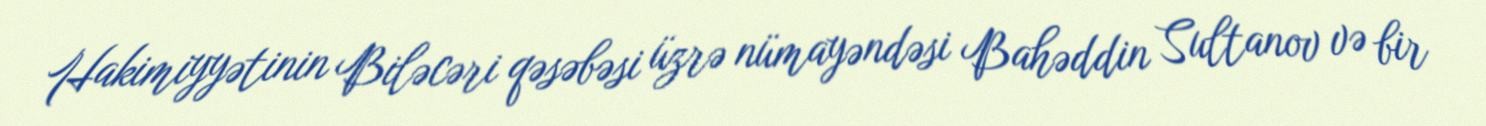
Hakimiyyətinin Biləcəri qəsəbəsi üzrə nümayəndəsi Bahəddin Sultanov və bir